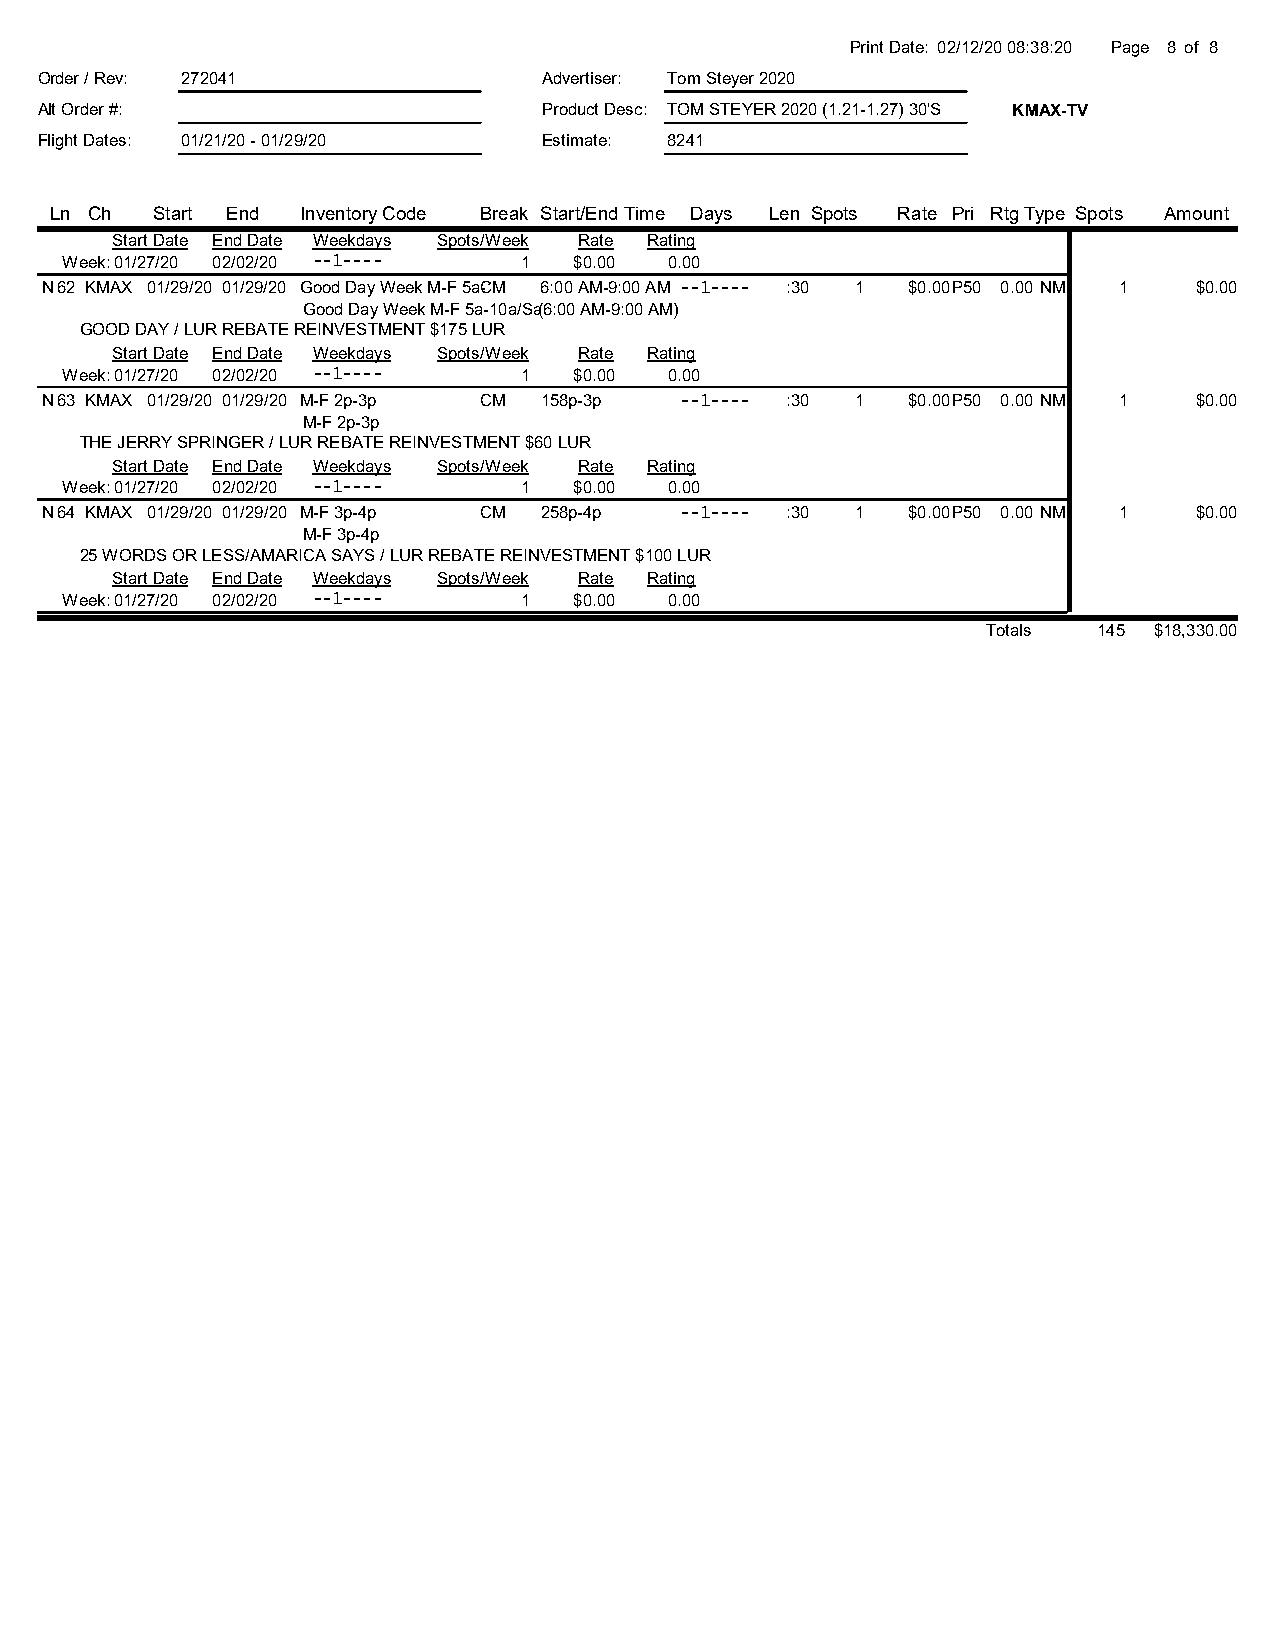
Print Date: 02/12/20 08:38:20 Page 8 of 8
 Order / Rev: 272041               Advertiser: Tom Steyer 2020
 Alt Order #:                      Product Desc: TOM STEYER 2020 (1.21-1.27) 30'S KMAX-TV
 Flight Dates: 01/21/20 - 01/29/20 Estimate: 8241
 Ln Ch  Start End Inventory Code Break Start/End Time Days Len Spots Rate Pri RtgType Spots Amount
 Start Date End Date Weekdays Spots/Week Rate Rating
 Week: 01/27/20 02/02/20 --1---- 1 $0.00 0.00
 N62 KMAX 01/29/20 01/29/20 Good Day Week M-F 5aC-1M0a/SaS6:u0 07 aA-1M1-a9:00 AM --1---- :30 1 $0.00P50 0.00 NM 1 $0.00
 Good Day Week M-F 5a-10a/Sa(S6:u0 07 aA-1M1-a9:00 AM)
 GOOD DAY / LUR REBATE REINVESTMENT $175 LUR
 Start Date End Date Weekdays Spots/Week Rate Rating
 Week: 01/27/20 02/02/20 --1---- 1 $0.00 0.00
 N63 KMAX 01/29/20 01/29/20 M-F 2p-3p CM 158p-3p --1---- :30 1 $0.00P50 0.00 NM 1 $0.00
 M-F 2p-3p
 THE JERRY SPRINGER / LUR REBATE REINVESTMENT $60 LUR
 Start Date End Date Weekdays Spots/Week Rate Rating
 Week: 01/27/20 02/02/20 --1---- 1 $0.00 0.00
 N64 KMAX 01/29/20 01/29/20 M-F 3p-4p CM 258p-4p --1---- :30 1 $0.00P50 0.00 NM 1 $0.00
 M-F 3p-4p
 25 WORDS OR LESS/AMARICA SAYS / LUR REBATE REINVESTMENT $100 LUR
 Start Date End Date Weekdays Spots/Week Rate Rating
 Week: 01/27/20 02/02/20 --1---- 1 $0.00 0.00
 Totals  145 $18,330.00